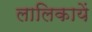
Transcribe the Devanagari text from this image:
लालिकायें